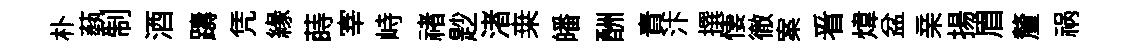
朴蓺制酒躊凭緣蒔宰峙禇尟渚桒皤酬責汴撰悽徹案㸔煒盆亲揚眉釐祸